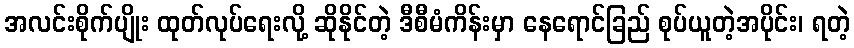
အလင်းစိုက်ပျိုး ထုတ်လုပ်ရေးလို့ ဆိုနိုင်တဲ့ ဒီစီမံကိန်းမှာ နေရောင်ခြည် စုပ်ယူတဲ့အပိုင်း၊ ရတဲ့